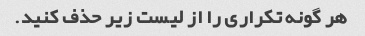
هر گونه تکراری را از لیست زیر حذف کنید.